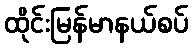
ထိုင်းမြန်မာနယ်စပ်